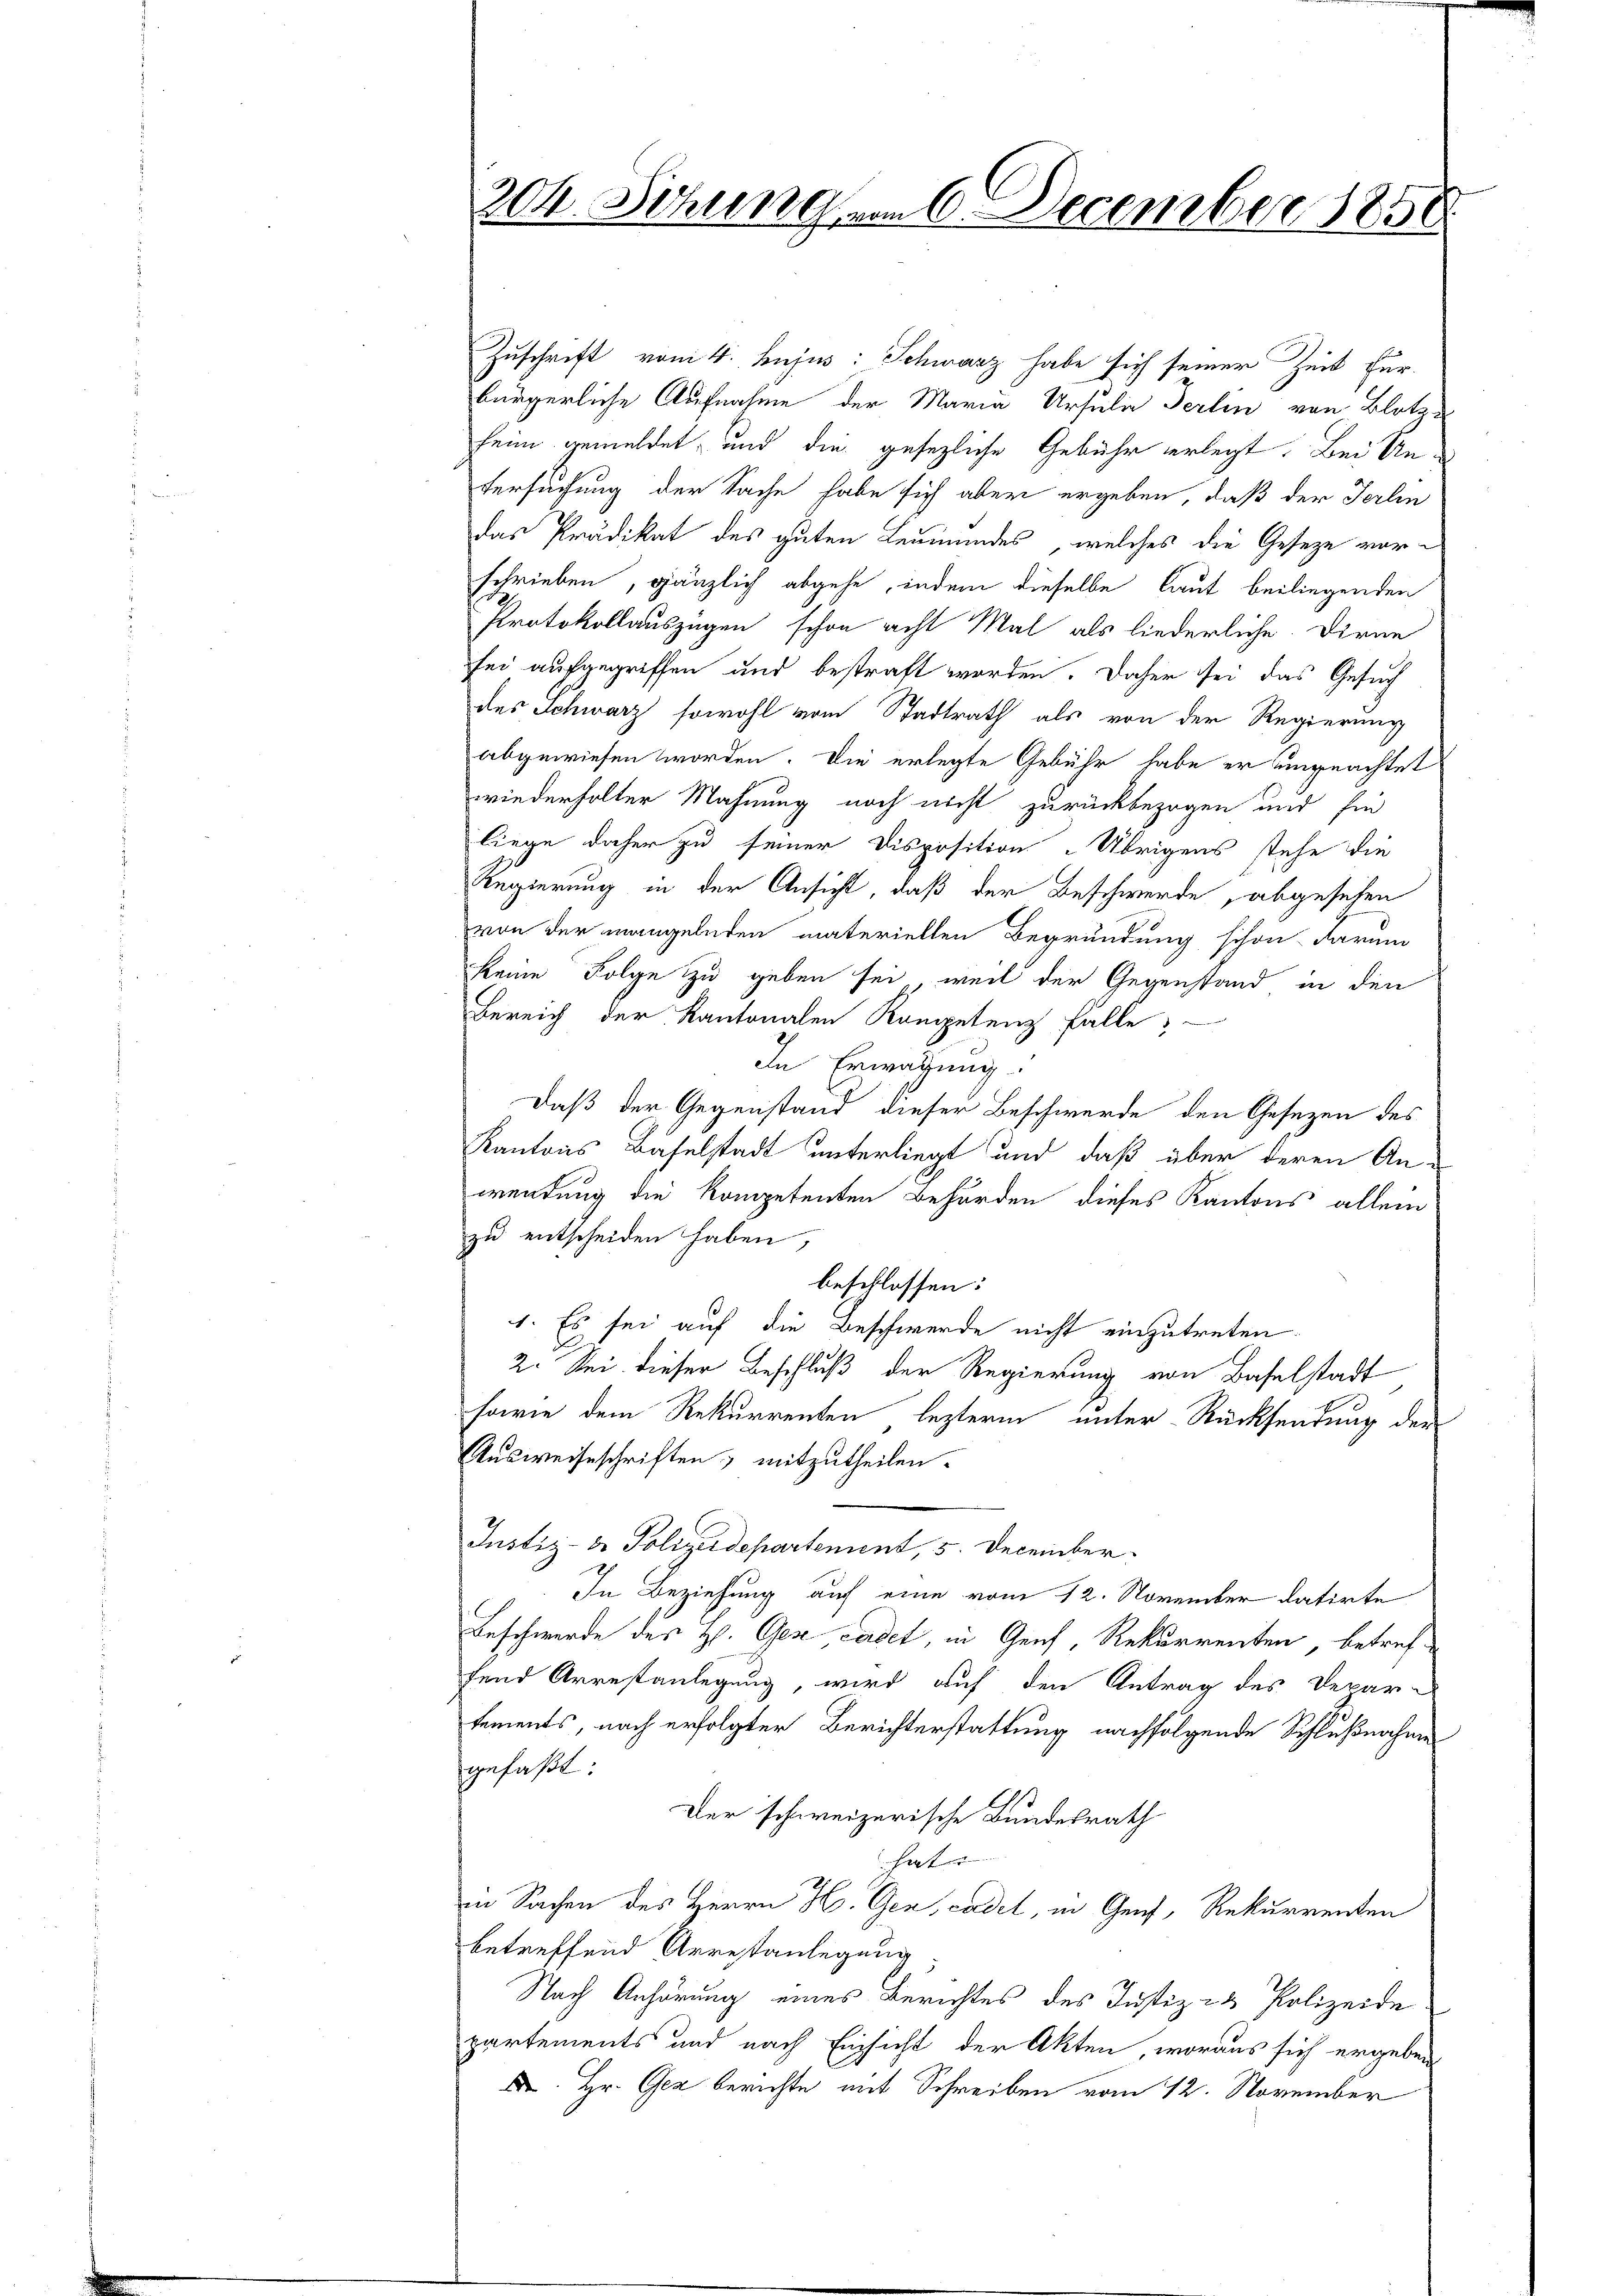
204. Sitzung am 6. December 1850.

Zuschrift vom 4. hujus: Schwarz habe sich seiner Zeit für
bürgerliche Aufnahme der Maria Ursulie Terlin von Blotz
heim gemeldet, und die gesezliche Gebühr erlegt. Bei Untersuchung der Sache habe sich aber ergeben, daß der Jerlin
das Prädikat des guten Leumundes, welches die Geseze vorschrieben, gänzlich abgehe, indem dieselbe laut beiliegenden
Protokollauszügen schon acht Mal als liederliche Dirne
sei aufgegriffen und bestraft worden. Daher sei das Gesuch
des Schwarz sowohl vom Stadtrath als von der Regierung
abgewiesen worden. Die erlegte Gebühr habe er ungeachtet
wiederholter Mahnung noch nicht zurückbezogen und fie
liege daher zu seiner Disposition „Übrigens stehe die
Regierung in der Ansicht, daß der Beschwerde, abgesehen
von der mangelnden materiellen Begründung schon darum
keine Folge zu geben sei, weil der Gegenstand in den
Bereich der Kantonalen Kompetenz falle,
In Erwägung:
Daß der Gegenstand dieser Beschwerde den Gesezen des
Kantons Baselstadt unterliegt und daß über deren An-
wendung die kompetenten Behörden dieses Kantons allein
zu entscheiden haben,
beschlossen:
1. Es sei auf die Beschwerde nicht einzutreten.
2. Sei dieser Beschluß der Regierung von Baselstadt
sowie dem Rekurrenten lezterm unter Rücksendung der
Ausweiseschriften; mitzutheilen.
Justiz- & Polizeidepartement, 5. December.
In Beziehung auf eine vom 12. November datirte
Beschwerde des H. Gese Cadet, in Genf, Rekurrenten, betreffend Arrestanlegung, wird auf den Antrag des Depar-
tements, nach erfolgter Berichterstattung nachfolgende Schlußnahme
gefaßt:
Der schweizerische Bundesrath
hat. |
in Sachen des Herrn H. Gex, cadet, in Genf, Rekurrenten
betreffend Arrestanlegung
Nach Anhörung eines Berichtes des Justiz- & Polizeide
partements und nach Einsicht der Akten, woraus sich ergeben
D. Hr. Gez berichte mit Schreiben vom 12. November